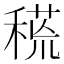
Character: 𥠸